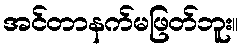
အင်တာနက်မဖြတ်ဘူး။